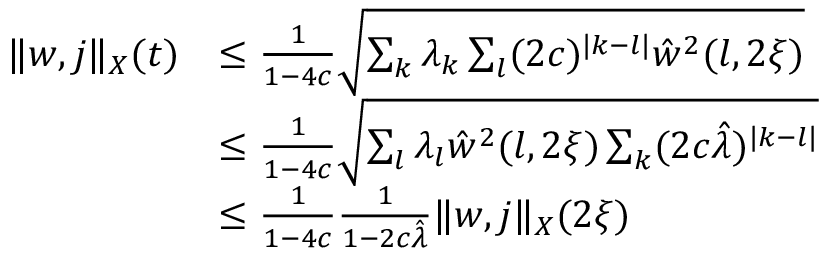
\begin{array} { r l } { \Vert w , j \Vert _ { X } ( t ) } & { \le \frac 1 { 1 - 4 c } \sqrt { \sum _ { k } \lambda _ { k } \sum _ { l } ( 2 c ) ^ { \vert k - l \vert } \hat { w } ^ { 2 } ( l , 2 \xi ) } } \\ & { \le \frac 1 { 1 - 4 c } \sqrt { \sum _ { l } \lambda _ { l } \hat { w } ^ { 2 } ( l , 2 \xi ) \sum _ { k } ( 2 c \hat { \lambda } ) ^ { \vert k - l \vert } } } \\ & { \le \frac 1 { 1 - 4 c } \frac 1 { 1 - 2 c \hat { \lambda } } \Vert w , j \Vert _ { X } ( 2 \xi ) } \end{array}